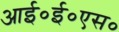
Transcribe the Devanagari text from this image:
आई०ई०एस०